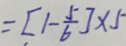
= [ 1 - \frac { 5 } { 6 } ] \times 5